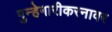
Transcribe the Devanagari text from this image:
गुन्हेगारीकरनावर